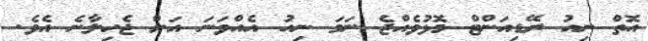
އޮތް ނިއު ރޭޑިއަންޓް މޮޅުވެއްޖެ ނަމަ ނިއު އެއްވަނަ އަށް ޖެހިލާނެ އެވެ.